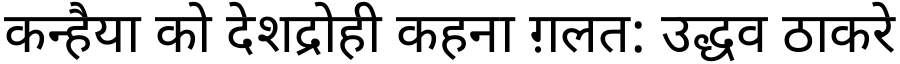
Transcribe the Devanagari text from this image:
कन्हैया को देशद्रोही कहना ग़लत: उद्धव ठाकरे